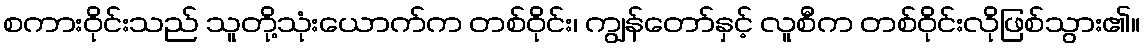
စကားဝိုင်းသည် သူတို့သုံးယောက်က တစ်ဝိုင်း၊ ကျွန်တော်နှင့် လူစီက တစ်ဝိုင်းလိုဖြစ်သွား၏။